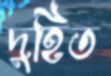
দুহিত